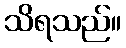
သိရသည်။